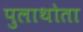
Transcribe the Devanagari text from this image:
पुलाथोता